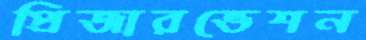
প্রিজারভেশন